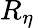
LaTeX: R_{\eta}